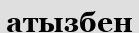
атызбен